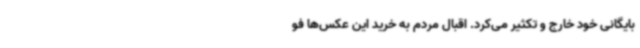
بایگانی خود خارج و تکثیر می‌کرد. اقبال مردم به خرید این عکس‌ها فو